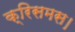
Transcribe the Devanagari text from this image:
क्रिसमस।